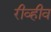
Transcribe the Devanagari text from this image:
रीव्हीव